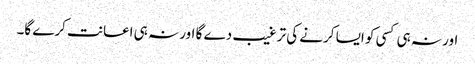
اور نہ ہی کسی کو ایسا کرنے کی ترغیب دے گا اور نہ ہی اعانت کرے گا۔